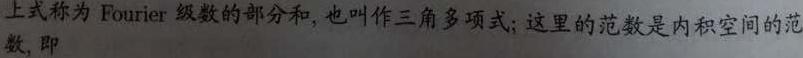
上式称为 Fourier 级数的部分和, 也叫作三角多项式; 这里的范数是内积空间的范数, 即